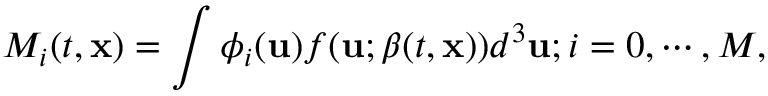
M _ { i } ( t , \mathbf { x } ) = \int \phi _ { i } ( \mathbf { u } ) f ( \mathbf { u } ; \boldsymbol { \beta } ( t , \mathbf { x } ) ) d ^ { 3 } \mathbf { u } ; i = 0 , \cdots , M ,